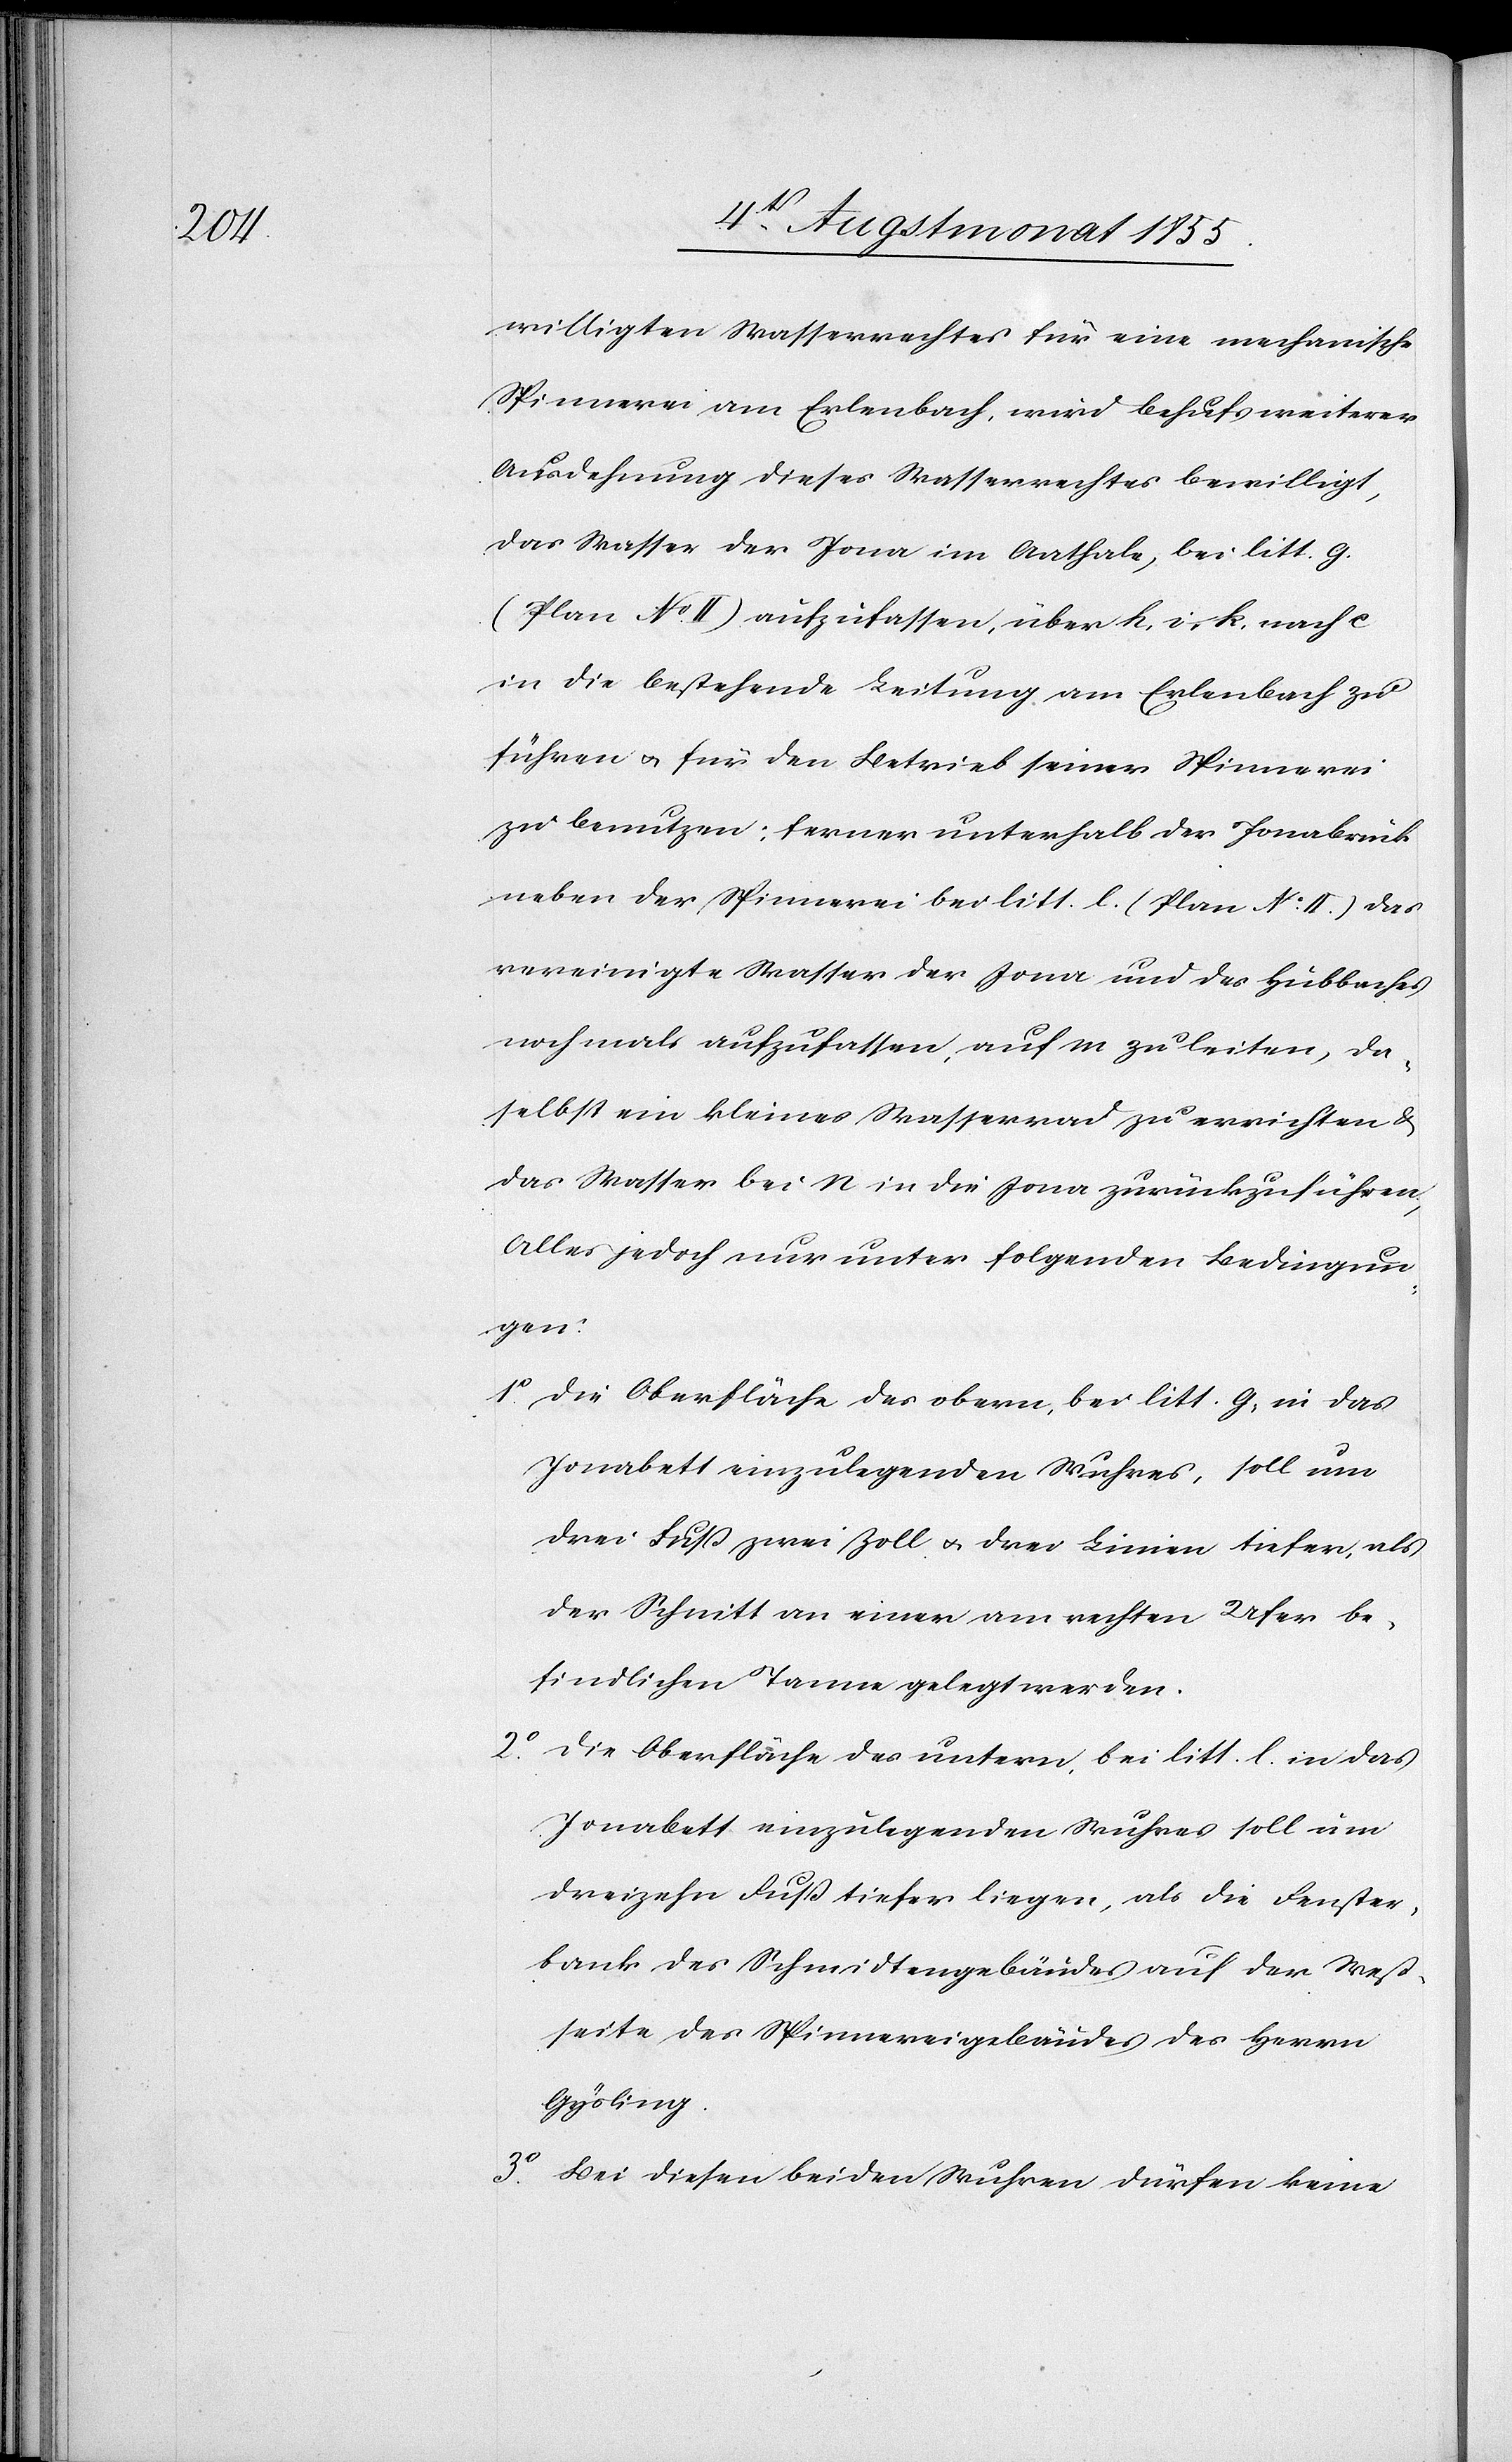
willigten Wasserrechtes für eine mechanische
Spinnerei am Erlenbach, wird behufs weiterer
Ausdehnung dieses Wasserrechtes bewilligt,
das Wasser der Jona im Aathale, bei litt. g.
(Plan No. II) aufzufassen, über h, i, k, nach c
in die bestehende Leitung am Erlenbach zu
führen & für den Betrieb seiner Spinnerei
zu benutzen; ferner unterhalb der Jonabruck
neben der Spinnerei bei litt. l. (Plan No. II.) das
vereinigte Wasser der Jona und des Hubbaches
nochmals aufzufassen, auf m zu leiten, da¬
selbst ein kleines Wasserrad zu errichten &
das Wasser bei n in die Jona zurückzuführen;
Alles jedoch nur unter folgenden Bedingun¬
gen:
Die Oberfläche des obern, bei litt. g, in das
Jonabett einzulegenden Wuhres, soll um
drei Fuß zwei Zoll & drei Linien tiefer, als
der Schnitt an einer am rechten Ufer be¬
findlichen Tanne gelegt werden.
Die Oberfläche des untern, bei litt. l. in das
Jonabett einzulegenden Wuhres soll um
dreizehn Fuß tiefer liegen, als die Fenster¬
bank des Schmidtengebäudes auf der West¬
seite des Spinnereigebäudes des Herrn
Gysling.
Bei diesen beiden Wuhren dürfen keine